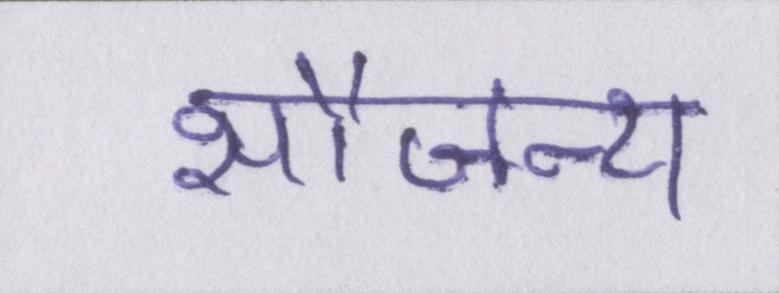
सौजन्य